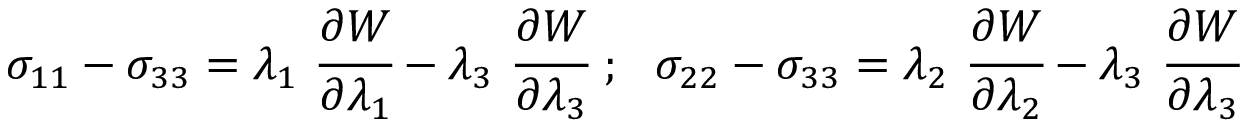
\sigma _ { 1 1 } - \sigma _ { 3 3 } = \lambda _ { 1 } ~ { \cfrac { \partial W } { \partial \lambda _ { 1 } } } - \lambda _ { 3 } ~ { \cfrac { \partial W } { \partial \lambda _ { 3 } } } ~ ; ~ ~ \sigma _ { 2 2 } - \sigma _ { 3 3 } = \lambda _ { 2 } ~ { \cfrac { \partial W } { \partial \lambda _ { 2 } } } - \lambda _ { 3 } ~ { \cfrac { \partial W } { \partial \lambda _ { 3 } } }